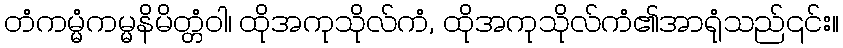
တံကမ္မံကမ္မနိမိတ္တံဝါ၊ ထိုအကုသိုလ်ကံ, ထိုအကုသိုလ်ကံ၏အာရုံသည်၎င်း။